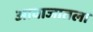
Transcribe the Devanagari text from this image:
आवाजातला